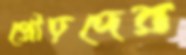
প্রৌঢ়দের